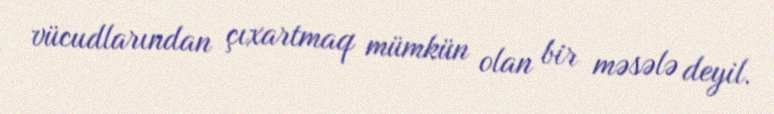
vücudlarından çıxartmaq mümkün olan bir məsələ deyil.